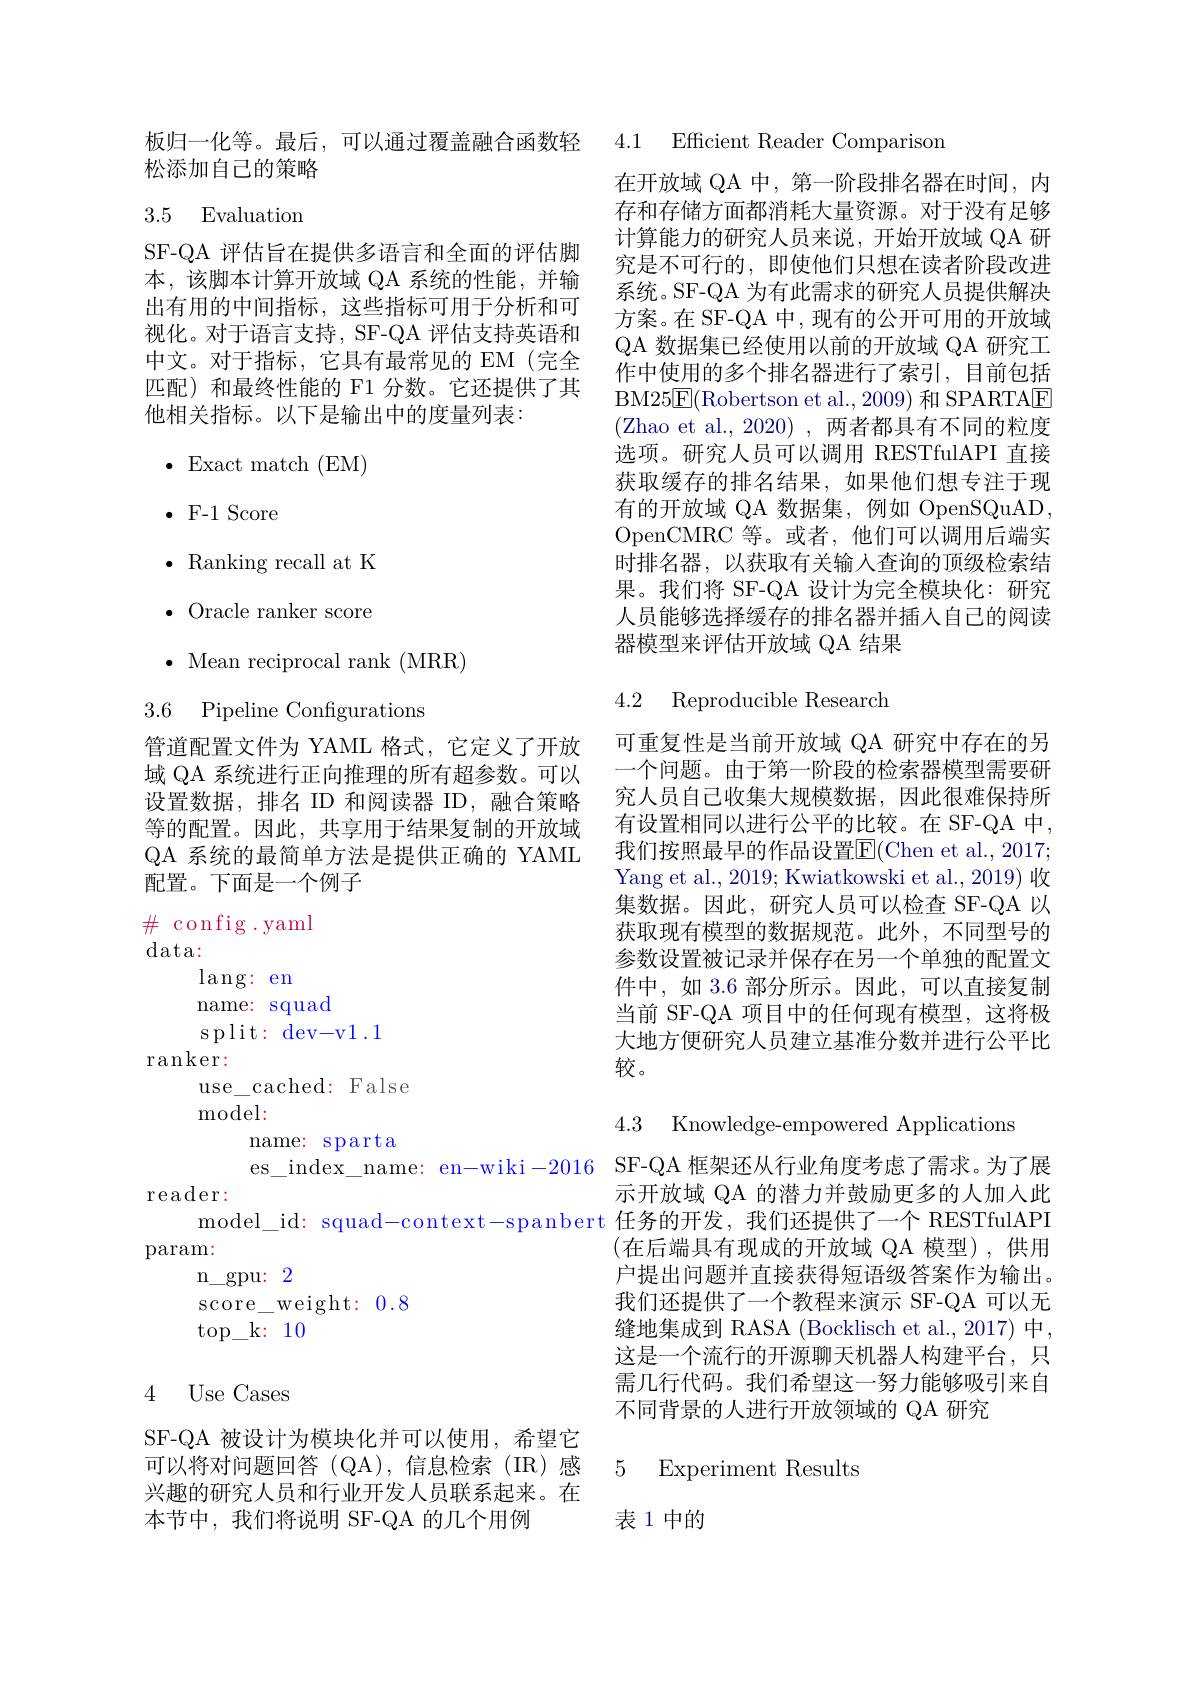
松添加自己的策略

## 3.5 Evaluation

SF-QA 评估旨在提供多语言和全面的评估脚本，该脚本计算开放域 QA 系统的性能，并输出有用的中间指标，这些指标可用于分析和可视化。对于语言支持，SF-QA 评估支持英语和中文。对于指标，它具有最常见的 EM(完全匹配)和最终性能的 F1 分数。它还提供了其他相关指标。以下是输出中的度量列表：
$\bullet$Exact match(EM)
$\cdot$F-1 Score
$\bullet$ Ranking recall at K $\bullet$ Oracle ranker score $\bullet$ Mean reciprocal rank (MRR)
3.6 Pipeline Configurations
管道配置文件为 YAML 格式，它定义了开放域 QA 系统进行正向推理的所有超参数。可以设置数据，排名 ID 和阅读器 ID,融合策略 究人员自己收集大规模数据，因此很难保持所
等的配置。因此，共享用于结果复制的开放域QA 系统的最简单方法是提供正确的 YAML 配置。下面是一个例子
$\#$ config.yaml
$\operatorname{data:}$
lang: en
name: squad
split: dev-v1.1
$\operatorname{ranker}:$
use\_cached: False
model:
name: sparta
es\_index\_name: en-wiki-2016 SF-QA 框架还从行业角度考虑了需求。为了展
reader:
model\_id: squad-context-spanbert 任务的开发，我们还提供了一个 RESTfulAPI
$\operatorname{param}:$
n$\_$gpu: 2
$\operatorname{score}_{-}\operatorname{weight:}0.8$
$\operatorname{top}_{-}$k: 104 Use Cases SF-QA 被设计为模块化并可以使用，希望它

可以将对问题回答 (QA),信息检索(IR)感兴趣的研究人员和行业开发人员联系起来。在本节中，我们将说明 SF-QA 的几个用例

板归一化等。最后，可以通过覆盖融合函数轻 4.1 Efficient Reader Comparison

在开放域 QA 中，第一阶段排名器在时间，内存和存储方面都消耗大量资源。对于没有足够计算能力的研究人员来说，开始开放域 QA 研究是不可行的，即使他们只想在读者阶段改进系统。SF-QA 为有此需求的研究人员提供解决方案。在 SF-QA 中，现有的公开可用的开放域QA 数据集已经使用以前的开放域 QA 研究工作中使用的多个排名器进行了索引，目前包括BM25$\underline {{\mathrm{E} }}($Robertson et al.,2009)和 SPARTA$\underline{\mathrm{E}}$ (Zhao et al., 2020), 两者都具有不同的粒度选项。研究人员可以调用 RESTfulAPI 直接获取缓存的排名结果，如果他们想专注于现有的开放域 QA 数据集，例如 OpenSQuAD, OpenCMRC 等 。或 者 , 他 们 可 以 调 用 后 端 实 时排名器，以获取有关输入查询的顶级检索结果。我们将 SF-QA 设计为完全模块化：研究人员能够选择缓存的排名器并插人自己的阅读器模型来评估开放域 QA 结果

4.2 Reproducible Research

可重复性是当前开放域 QA 研究中存在的另一个问题。由于第一阶段的检索器模型需要研有设置相同以进行公平的比较。在 SF-QA 中我们按照最早的作品设置$\overline{\mathrm{E}}($Chen et al., 2017; Yang et al., 2019; Kwiatkowski et al., 2019) 收集数据。因此，研究人员可以检查 SF-QA 以获取现有模型的数据规范。此外，不同型号的参数设置被记录并保存在另一个单独的配置文件中，如 3.6 部分所示。因此，可以直接复制当前 SF-QA 项目中的任何现有模型，这将极大地方便研究人员建立基准分数并进行公平比较。

4.3 Knowledge-empowered Applications

示开放域 QA 的潜力并鼓励更多的人加入此(在后端具有现成的开放域 QA 模型),供用户提出问题并直接获得短语级答案作为输出。我们还提供了一个教程来演示 SF-QA 可以无缝地集成到 RASA (Bocklisch et al., 2017) 中， 这是一个流行的开源聊天机器人构建平台，只需几行代码。我们希望这一努力能够吸引来自不同背景的人进行开放领域的 QA 研究

### 5 Experiment Results

表 1 中的